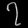
Digit: ၇